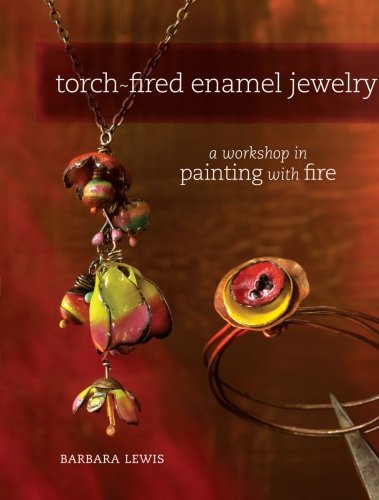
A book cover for Torch-Fired Enamel Jewelry: A Workshop in Painting with Fire; Barbara Lewis; Crafts, Hobbies & Home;